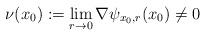
LaTeX: \begin{align*}\nu(x_0):=\lim_{r\to 0}\nabla \psi_{x_0,r}(x_0)\neq 0\end{align*}